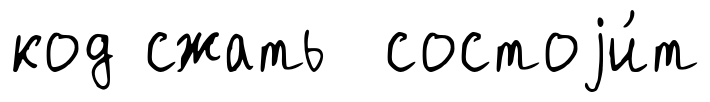
код сжать состоjи́т